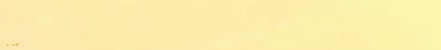
under new mgmt